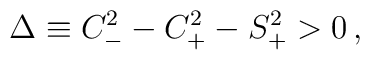
\Delta \equiv C_-^2-C_+^2-S_+^2>0\,,